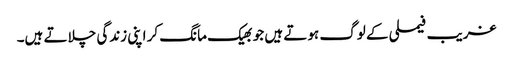
غریب فیملی کے لوگ ہوتے ہیں جو بھیک مانگ کر اپنی زندگی چلاتے ہیں۔